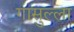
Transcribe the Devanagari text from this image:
गासुल्ला